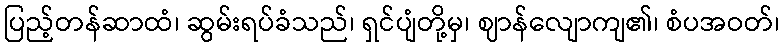
ပြည့်တန်ဆာထံ၊ ဆွမ်းရပ်ခံသည်၊ ရှင်ပျံတို့မှ၊ ဈာန်လျောကျ၏၊ စံပအဝတ်၊